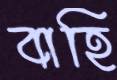
বাহি